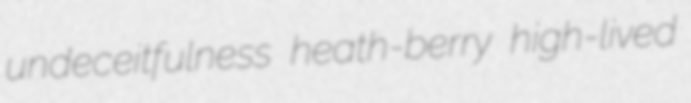
undeceitfulness heath-berry high-lived